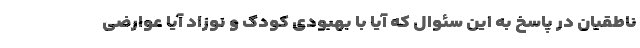
ناطقیان در پاسخ به این سئوال که آیا با بهبودی کودک و نوزاد آیا عوارضی